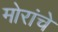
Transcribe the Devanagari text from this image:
मोरांचे